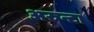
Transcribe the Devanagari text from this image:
अरुन्टा